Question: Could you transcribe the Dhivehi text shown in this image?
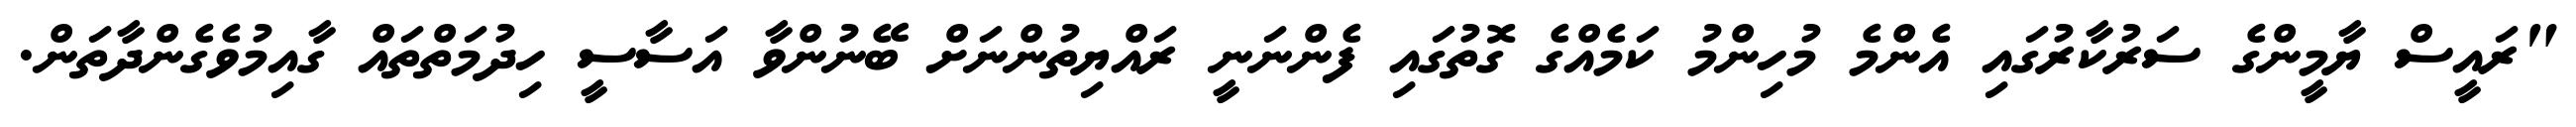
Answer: "ރައީސް ޔާމީންގެ ސަރުކާރުގައި އެންމެ މުހިންމު ކަމެއްގެ ގޮތުގައި ފެންނަނީ ރައްޔިތުންނަށް ބޭނުންވާ އަސާސީ ހިދުމަތްތައް ގާއިމުވެގެންދާތަން.